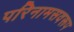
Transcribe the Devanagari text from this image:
परिनामसवरूप